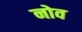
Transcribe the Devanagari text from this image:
नोव